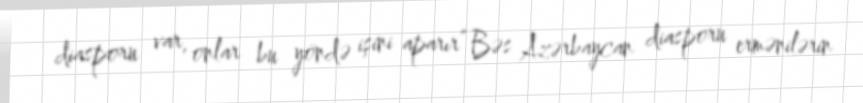
diasporu var, onlar bu yöndə işini aparır” Bəs Azərbaycan diasporu ermənilərin